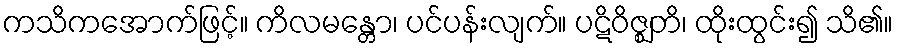
ကသိကအောက်ဖြင့်။ ကိလမန္တော၊ ပင်ပန်းလျက်။ ပဋိဝိဇ္ဈတိ၊ ထိုးထွင်း၍ သိ၏။